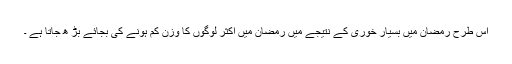
اس طرح رمضان میں بسیار خوری کے نتیجے میں رمضان میں اکثر لوگوں کا وزن کم ہونے کی بجائے بڑ ھ جاتا ہے ۔